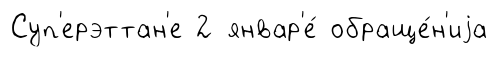
Суп'ерэттан'е 2 январ'е́ обраще́н'иjа